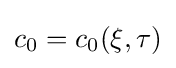
c_{0}=c_{0}(\xi ,\tau )